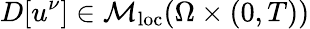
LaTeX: D[u^{\nu}]\in\mathcal{M}_{\mathrm{loc}}(\Omega\times(0,T))